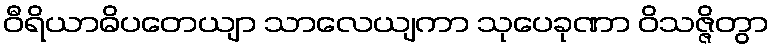
ဝီရိယာဓိပတေယျာ သာလေယျကာ သုပေခုဏာ ဝိသဇ္ဇိတွာ